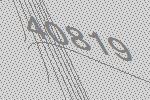
40819